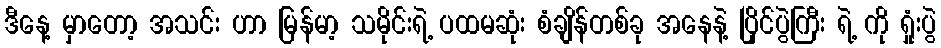
ဒီနေ့ မှာတော့ အသင်း ဟာ မြန်မာ့ သမိုင်းရဲ့ ပထမဆုံး စံချိန်တစ်ခု အနေနဲ့ ပြိုင်ပွဲကြီး ရဲ့ ကို ရှုံးပွဲ